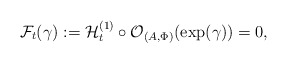
\begin{align*}\mathcal F_t(\gamma) := \mathcal{H}_t^{(1)} \circ \mathcal{O}_{(A,\Phi)}(\exp (\gamma)) = 0, \end{align*}